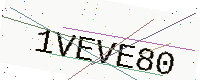
Text: 1VEVE80